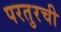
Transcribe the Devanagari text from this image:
परतुरची